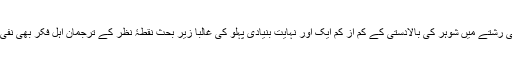
رابعاً، خاندانی رشتے میں شوہر کی بالادستی کے کم از کم ایک اور نہایت بنیادی پہلو کی غالباً زیر بحث نقطۂ نظر کے ترجمان اہل فکر بھی نفی نہیں کرتے۔